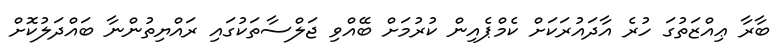
ބާރާ ޢިއްޒަތުގަ ހުރެ އާދައުރަކަށް ކެމްޕެއިން ކުރުމަށް ބޭއްވި ޖަލްސާތަކުގައި ރައްޔިތުންނާ ބައްދަލުކޮށް